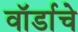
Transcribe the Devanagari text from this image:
वॉर्डाचे